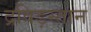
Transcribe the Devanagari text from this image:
द्रविड़स्तान